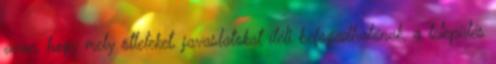
azon, hogy mely ötleteket, javaslatokat ítéli befogadhatónak, a település